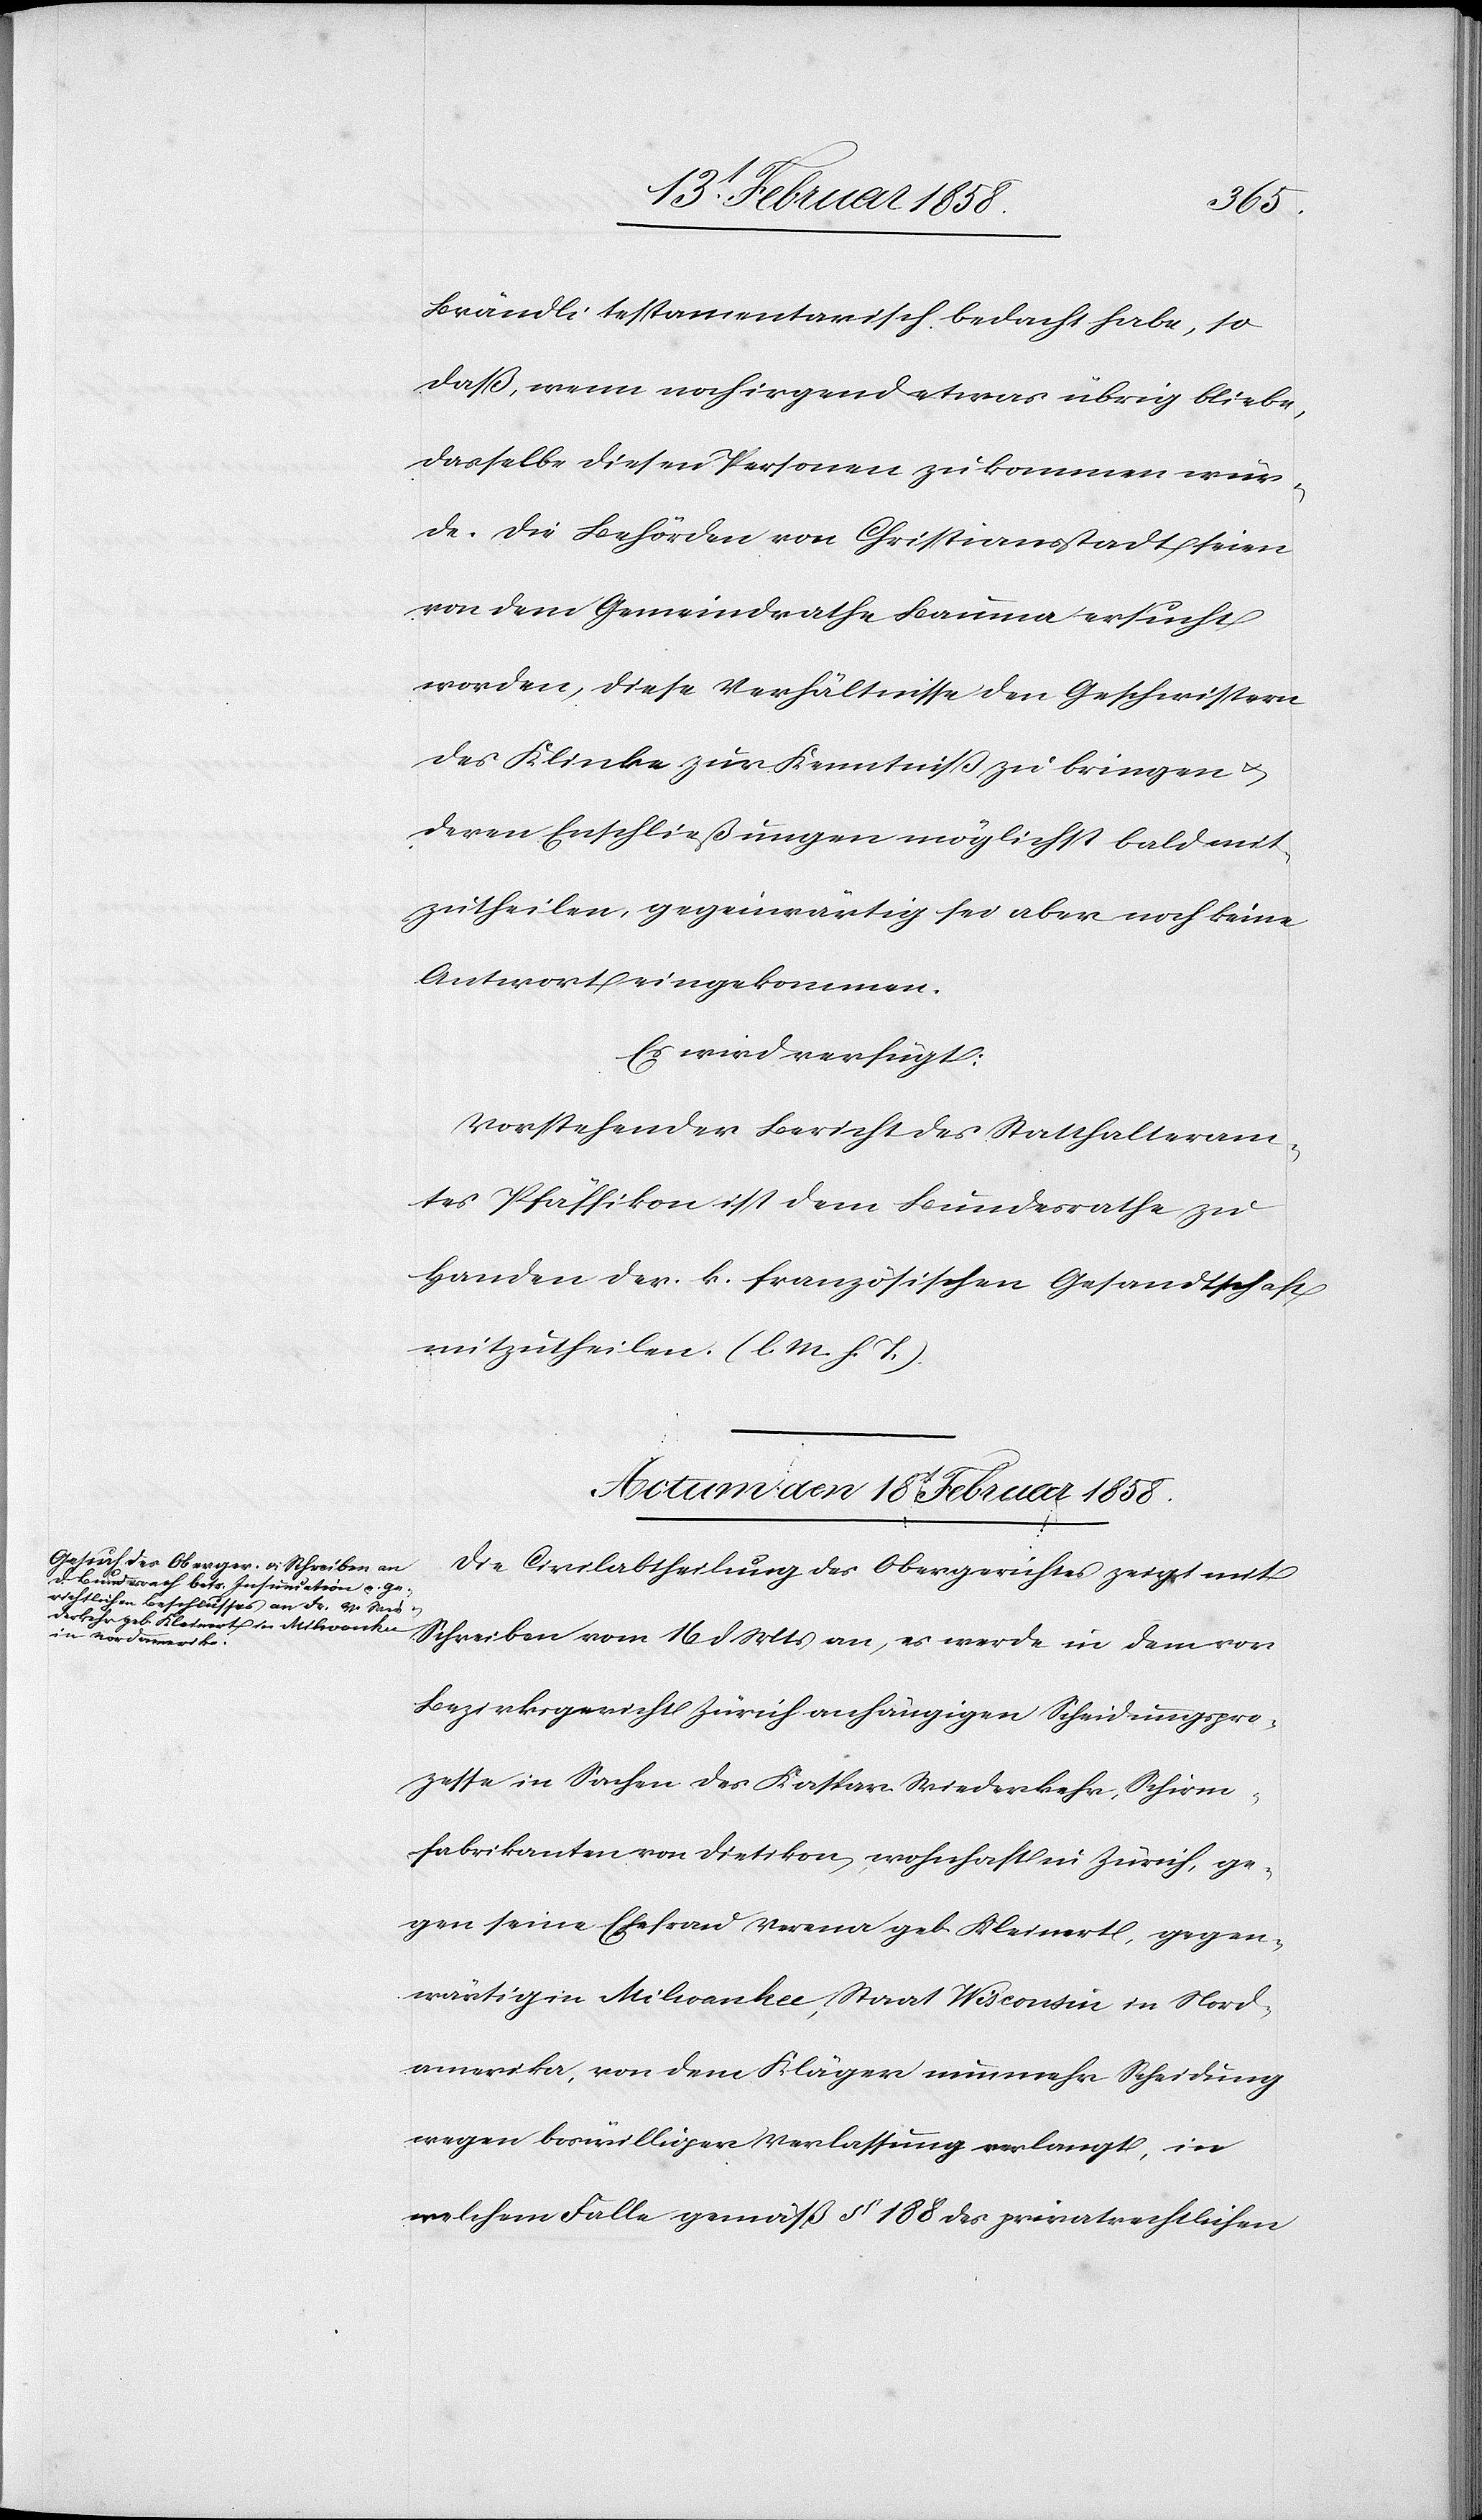
Brändli testamentarisch bedacht habe, so
daß, wenn noch irgend etwas übrig bliebe,
dasselbe diesen Personen zukommen wür¬
de. Die Behörden von Christiansstadt seien
von dem Gemeindrathe Bauma ersucht
worden, diese Verhältnisse den Geschwistern
des Klinke zur Kenntniß zu bringen u.
deren En[t]schließungen möglichst bald mit¬
zutheilen, gegenwärtig sei aber noch keine
Antwort eingekommen.
Es wird verfügt:
Vorstehender Bericht des Statthalteram¬
tes Pfäffikon ist dem Bundesrathe zu
Handen der k. französischen Gesandtschaft
mitzutheilen. (l. M. h. T.)
Actum den 18t Februar 1858.
Die Civilabtheilung des Obergerichtes zeigt mit
Schreiben vom 16 d. Mts an, es werde in dem vor
Bezirksgericht Zürich anhängigen Scheidungspro¬
zesse in Sachen des Kaspar Wiederkehr, Schirm¬
fabrikanten von Dietikon, wohnhaft in Zürich, ge¬
gen seine Ehefrau Verena geb. Kleinert, gegen¬
wärtig in Milwankee, Staat Wisconsin in Nord¬
amerika, von dem Kläger nunmehr Scheidung
wegen böswilliger Verlassung verlangt, in
welchem Falle gemäß § 188 des privatrechtlichen